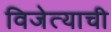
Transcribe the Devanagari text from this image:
विजेत्याची